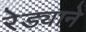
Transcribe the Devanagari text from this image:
रेड्याने